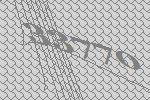
33770